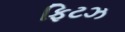
ફિટઝ